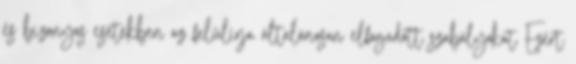
és bizonyos esetekben az felülírja általánosan elfogadott szabályokat Ezért